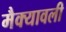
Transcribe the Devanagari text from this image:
मैक्यावली